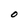
Character: O